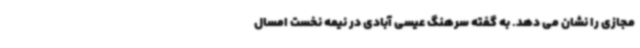
مجازی را نشان می دهد. به گفته سرهنگ عیسی آبادی در نیمه نخست امسال